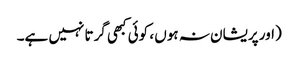
(اور پریشان نہ ہوں ، کوئی کبھی گرتا نہیں ہے۔